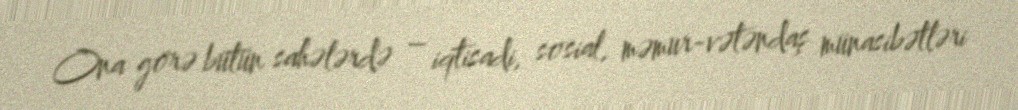
Ona görə bütün sahələrdə – iqtisadi, sosial, məmur-vətəndaş münasibətləri